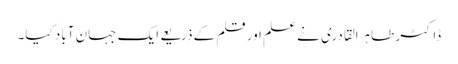
ڈاکٹر طاہرالقادری نے علم اور قلم کے ذریعے ایک جہان آباد کیا۔